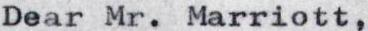
Dear Mr. Marriott,